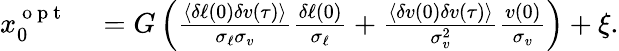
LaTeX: \begin{array}{rl}{x_{0}^{\mathrm{~o~p~t~}}}&{{}=G\left(\frac{\langle\delta\ell(0)\delta v(\tau)\rangle}{\sigma_{\ell}\sigma_{v}}\frac{\delta\ell(0)}{\sigma_{\ell}}+\frac{\langle\delta v(0)\delta v(\tau)\rangle}{\sigma_{v}^{2}}\frac{v(0)}{\sigma_{v}}\right)+\xi.}\end{array}